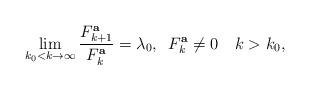
LaTeX: \begin{align*}\quad\lim_{k_0<k\to\infty}\frac{F^{\bf a}_{k+1}}{F^{\bf a}_k}=\lambda_0,\,\,\,F^{\bf a}_k\ne0\,\,\,\,\,\,k>k_0,\end{align*}